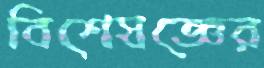
বিশেষজ্ঞের